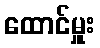
ထောင်မှူး